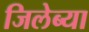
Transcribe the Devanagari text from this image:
जिलेब्या